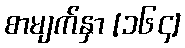
စာမျက်နှာ [၁၆၄]